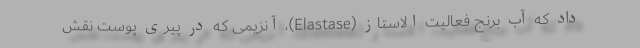
داد که آب برنج فعالیت الاستاز (Elastase)، آنزیمی که در پیری پوست نقش